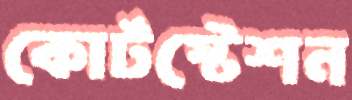
কোর্টস্টেশন